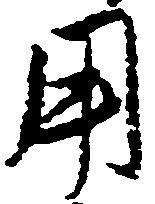
用